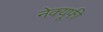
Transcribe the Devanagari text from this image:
नेक्यूफी